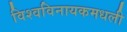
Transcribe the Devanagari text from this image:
विश्वविनायकमधली